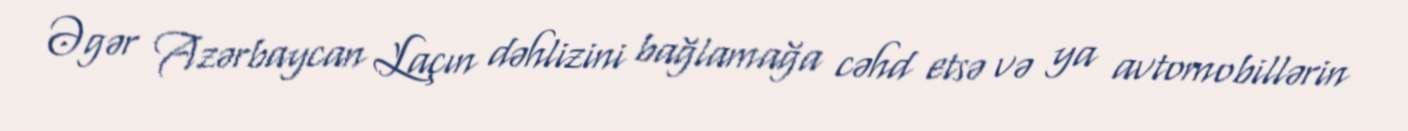
Əgər Azərbaycan Laçın dəhlizini bağlamağa cəhd etsə və ya avtomobillərin